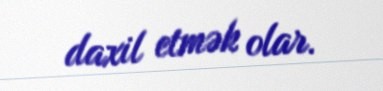
daxil etmək olar.